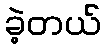
ခဲ့တယ်